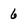
Character: 6